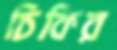
চিকির